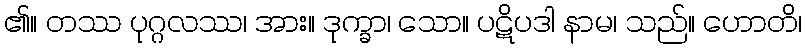
၏။ တဿ ပုဂ္ဂလဿ၊ အား။ ဒုက္ခာ၊ သော။ ပဋိပဒါ နာမ၊ သည်။ ဟောတိ၊